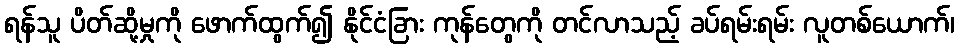
ရန်သူ ပိတ်ဆို့မှုကို ဖောက်ထွက်၍ နိုင်ငံခြား ကုန်တွေကို တင်လာသည့် ခပ်ရမ်းရမ်း လူတစ်ယောက်၊